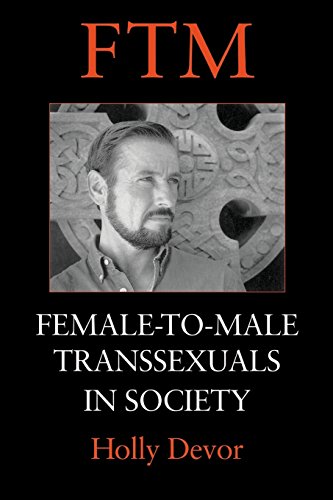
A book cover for FTM: Female-to-Male Transsexuals in Society; Holly Devor; Gay & Lesbian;